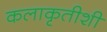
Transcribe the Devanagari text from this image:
कलाकृतीशी